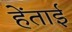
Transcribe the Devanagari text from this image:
हेंताई